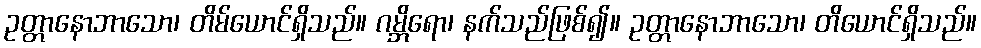
ဥတ္တာနောဘာသော၊ တိမ်ယောင်ရှိသည်။ ဂမ္ဘိရော၊ နက်သည်ဖြစ်၍။ ဥတ္တာနောဘာသော၊ တိယောင်ရှိသည်။